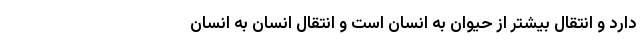
دارد و انتقال بیشتر از حیوان به انسان است و انتقال انسان به انسان